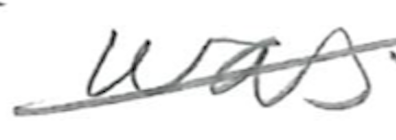
Text: was
Cross-out: diagonal
Writing tool: pencil